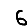
Digit: 6